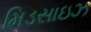
મિડસાઇઝ